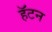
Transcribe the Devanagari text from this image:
हॅटन